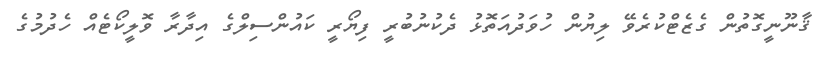
ޤާނޫނީގޮތުން ގެޒެޓްކުރެވޭ ލިޔުން ހުވަދުއަތޮޅު ދެކުނުބުރީ ފިޔޯރީ ކައުންސިލްގެ އިދާރާ ވޮލީކޯޓެއް ހެދުމުގެ